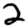
Digit: 2